Memorandum on the prevention of leprosy by segregation of the affected
Disease focus: Leprosy
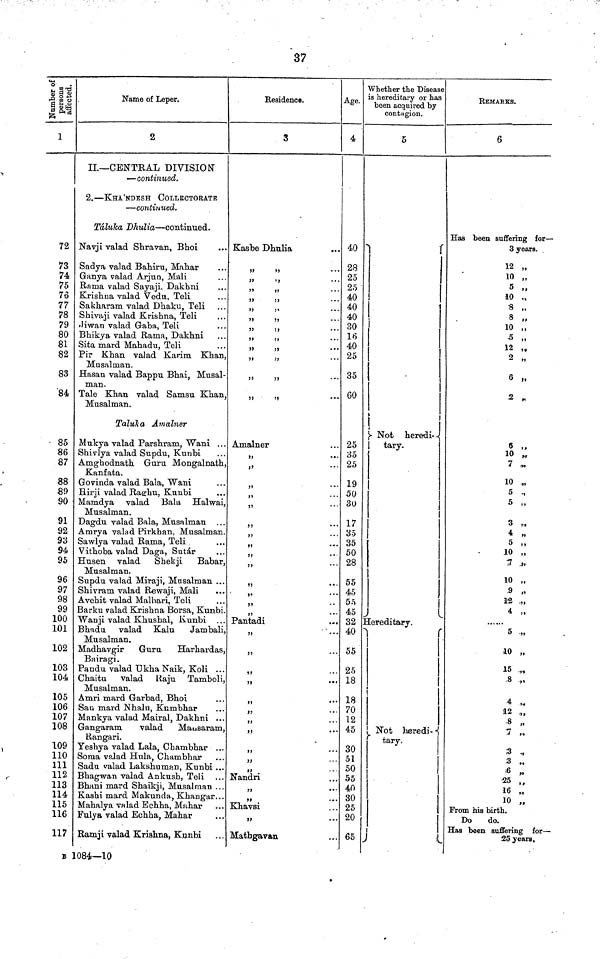
37
Number of
persons
affected.
72
73
74
75
76
77
78
79
80
81
82
83
84
85
86
87
88
89
90
91
92
93
94
95
96
97
98
99
100
101
102
103
104
105
106
107
108
109
110
111
112
113
114
115
116
117
Name of Leper.
2
II— CENTRAL DIVISION"
— continued.
2. — KHA'NDESH COLLECTORATE
— continued.
Taluka Dhulia — continued.
Navji valad Shravan, Bhoi
Sadya valad Bahiru, Mahar
Ganya valad Arjun, Mali
Rama valad Sayaji, Dakhni
Krishna valad Vedu, Teli
Sakharam valad Dhaka, Teli
Shivaji valad Krishna, Teli
•Jiwan valad Gaba, Teli
Bhikya valad Rama, Dakhni
Sita mard Mahadu, Teli
Pir Khan valad Karim Khan,
Musalman.
Hasan valad Bappu Bhai, Musal-
man.
Tale Khan valad Samsu Khan,
Musalman.
Taluka Amalner
Mukya valad Parshram, Wani
Shivlya valad Supdu, Kunbi
Amghodnath Guru Mongalnath,
Kanfata.
Govinda valad Bala, Wani
Hirji valad Raghu, Kunbi
Mamdya valad Bala Halwai,
Musalman.
Dagdu valad Bala, Musalman
Amrya valad Pirkhan, Musalman.
Sawlya valad Rama, Teli
Vithoba valad Daga, Sutar
Husen valad
Shekji
Babar,
Musalman.
Supdu valad Miraji, Musalman
Shivram valad Rewaji, Mali
Avehit valad Malhari, Teli
Barku valad Krishna Borsa, Kunbi.
Wanji valad Khushal, Kunbi
Bhadu valad Kalu
Jambali,
Musalman.
Madhavgir
Guru
Harhardas,
Bairagi.
Pandu valad Ukha Naik, Koli ...
Chaitu valad Raju Tamboli,
Musalman.
Amri mard Garbad, Bhoi
Sau mard Nhalu, Kumbhar
Mankya valad Mairal, Dakhni
Gangaram
valad Mausaram,
Rangari.
Yeshya valad Lala, Chambhar
Soma valad Hula, Chambhar
Sadu valad Lakshuman, Kunbi
Bhagwan valad Ankush, Teli
Bhani mard Shaikji, Musalman
Kashi mard Makunda, Khangar
Mahalya valad Echha, Mahar
Fulya valad Echha, Mahar
Ramji valad Krishna, Kunbi
Residence.
3
Kasbe Dhulia
Amalner
Pantadi
Nandri
Khavsi
Mathgavan
Age.
4
40
28
25
25
40
40
40
30
16
40
25
35
60
25
35
25
19
50
30
17
35
35
50
28
55
45
55
45
32
40
55
25
18
18
70
12
45
30
51
50
55
40
30
25
20
65
Whether the Disease
is hereditary or has
been acquired by
contagion.
5
Not
heredi-
tary.
Hereditary.
Not
heredi-
tary.
EEMARKS.
6
Has been suffering for —
3 years.
12 „
10 „
5 „
10 „
8 „
8 „
10 „
5 „
12 „
2 "
6 „
2 „
6 „
10 „
7 „
10 „
5 "
5 „
3 ,,
4 „
5 „
10 „
7 "
10 „
9 „
12 "
4 „
5 "
10 „
15 „
8 „
4 "
12 „
8 „
7 „
3 "
3 „
6 ,.
25 "
16 ,„
10 ,,
From his birth.
Do
do.
Has been suffering for
25 years.
B 1084—10